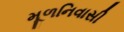
મૂળનિવાસી